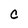
Character: c